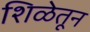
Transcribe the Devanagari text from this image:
शिळेतून